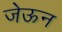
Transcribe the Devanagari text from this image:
जेऊन